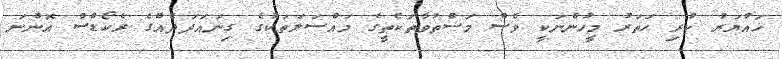
ހައްޔަރު ކުރި ހަތަރު މީހުންނަކީ ވެސް މަސްތުވާތަކެތީގެ މައްސަލަތަކުގެ ގިނައަދަދެއްގެ ރެކޯޑްސް އޮންނަ